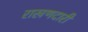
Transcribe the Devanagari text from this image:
राखणदारी